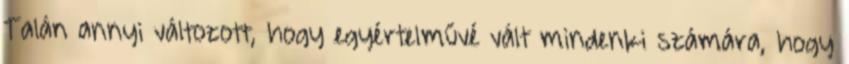
Talán annyi változott, hogy egyértelművé vált mindenki számára, hogy